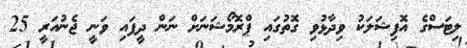
ލިޓަސްގެ އޮފިޝަލަކު ވިދާޅުވި ގޮތުގައި ޕްރޮމޯޝަނަށް ނަން ދީފައި ވަނީ ޖެނުއަރީ 25